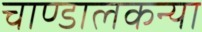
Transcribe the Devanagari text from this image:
चाण्डालकन्या